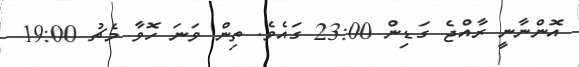
އޮންނާނީ ރާއްޖެ ގަޑިން 23:00 ގައެވެ. ތިން ވަނަ ހޮވާ މެޗު 19:00